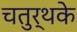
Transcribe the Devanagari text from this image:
चतुर्थके